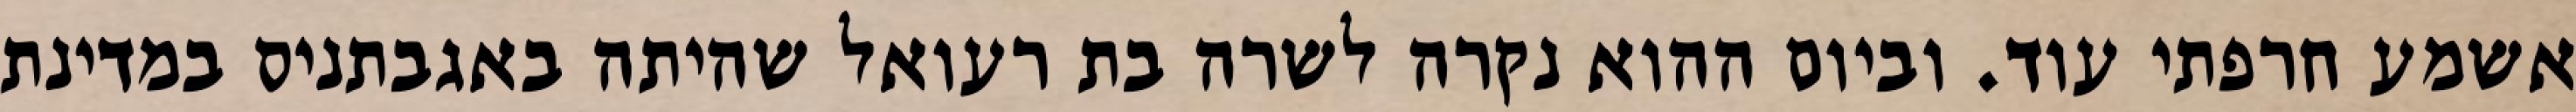
אשמע חרפתי עוד. וביום ההוא נקרה לשרה בת רעואל שהיתה באגבתניס במדינת